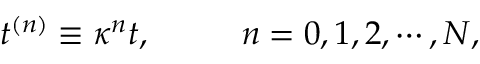
t ^ { ( n ) } \equiv \kappa ^ { n } t , \ \ \ \ \ \ \ \ n = 0 , 1 , 2 , \cdots , N ,